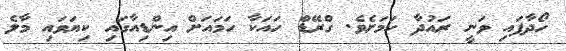
ހޯދާފައި ވަނީ ރައުދާ ކަމަށެވެ. ގްރޭޑް ހައަކާ ހަމައަށް އިންޑިއާގައި ކިޔަވައި މާލެ